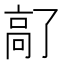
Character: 𫘵